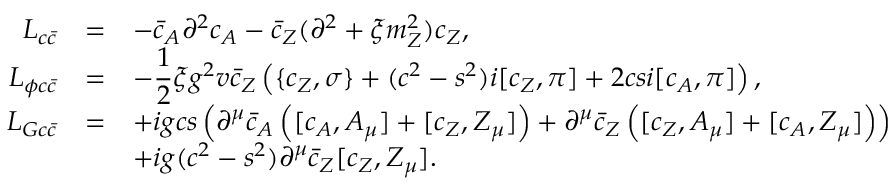
\begin{array} { r c l } { { { \cal L } _ { c \bar { c } } } } & { { = } } & { { - \bar { c } _ { A } \partial ^ { 2 } c _ { A } - \bar { c } _ { Z } ( \partial ^ { 2 } + \xi m _ { Z } ^ { 2 } ) c _ { Z } , } } \\ { { { \cal L } _ { \phi c \bar { c } } } } & { { = } } & { { \displaystyle - \frac { 1 } { 2 } \xi g ^ { 2 } v \bar { c } _ { Z } \left( \{ c _ { Z } , \sigma \} + ( c ^ { 2 } - s ^ { 2 } ) i [ c _ { Z } , \pi ] + 2 c s i [ c _ { A } , \pi ] \right) , } } \\ { { { \cal L } _ { G c \bar { c } } } } & { { = } } & { { \displaystyle + i g c s \left( \partial ^ { \mu } \bar { c } _ { A } \left( [ c _ { A } , A _ { \mu } ] + [ c _ { Z } , Z _ { \mu } ] \right) + \partial ^ { \mu } \bar { c } _ { Z } \left( [ c _ { Z } , A _ { \mu } ] + [ c _ { A } , Z _ { \mu } ] \right) \right) } } \\ { { } } & { { } } & { { \displaystyle + i g ( c ^ { 2 } - s ^ { 2 } ) \partial ^ { \mu } \bar { c } _ { Z } [ c _ { Z } , Z _ { \mu } ] . } } \end{array}